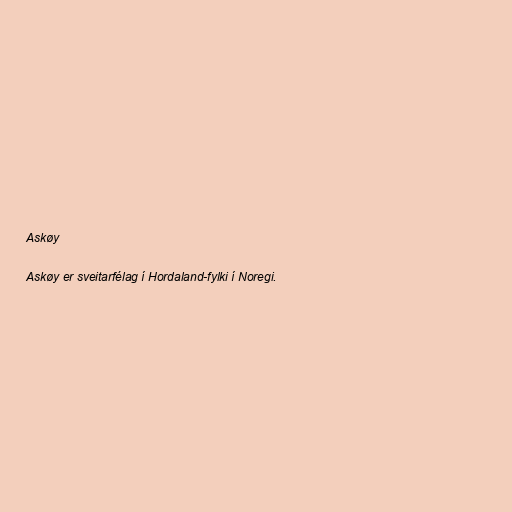
Askøy

Askøy er sveitarfélag í Hordaland-fylki í Noregi.